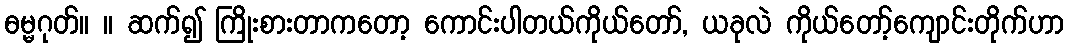
ဓမ္မဂုတ်။ ။ ဆက်၍ ကြိုးစားတာကတော့ ကောင်းပါတယ်ကိုယ်တော်, ယခုလဲ ကိုယ်တော့်ကျောင်းတိုက်ဟာ